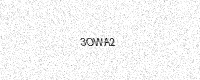
Text: 3OWA2